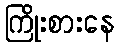
ကြိုးစားနေ